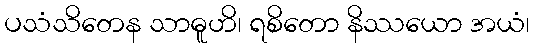
ပသံသိတေန သာဓူဟိ၊ ရစိတော နိဿယော အယံ၊